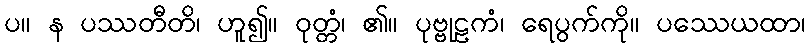
ပ။ န ပဿတီတိ၊ ဟူ၍။ ဝုတ္တံ၊ ၏။ ပုဗ္ဗုဠကံ၊ ရေပွက်ကို။ ပဿေယထာ၊